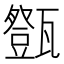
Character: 𤮘